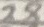
Text: 28